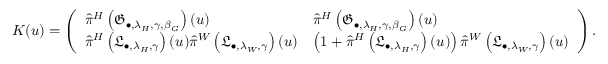
K ( u ) = \left( \begin{array} { l l } { \hat { \pi } ^ { H } \left( \mathfrak { G } _ { \bullet , \lambda _ { H } , \gamma , \beta _ { G } } \right) ( u ) } & { \hat { \pi } ^ { H } \left( \mathfrak { G } _ { \bullet , \lambda _ { H } , \gamma , \beta _ { G } } \right) ( u ) } \\ { \hat { \pi } ^ { H } \left( \mathfrak { L } _ { \bullet , \lambda _ { H } , \gamma } \right) ( u ) \hat { \pi } ^ { W } \left( \mathfrak { L } _ { \bullet , \lambda _ { W } , \gamma } \right) ( u ) } & { \left( 1 + \hat { \pi } ^ { H } \left( \mathfrak { L } _ { \bullet , \lambda _ { H } , \gamma } \right) ( u ) \right) \hat { \pi } ^ { W } \left( \mathfrak { L } _ { \bullet , \lambda _ { W } , \gamma } \right) ( u ) } \end{array} \right) .